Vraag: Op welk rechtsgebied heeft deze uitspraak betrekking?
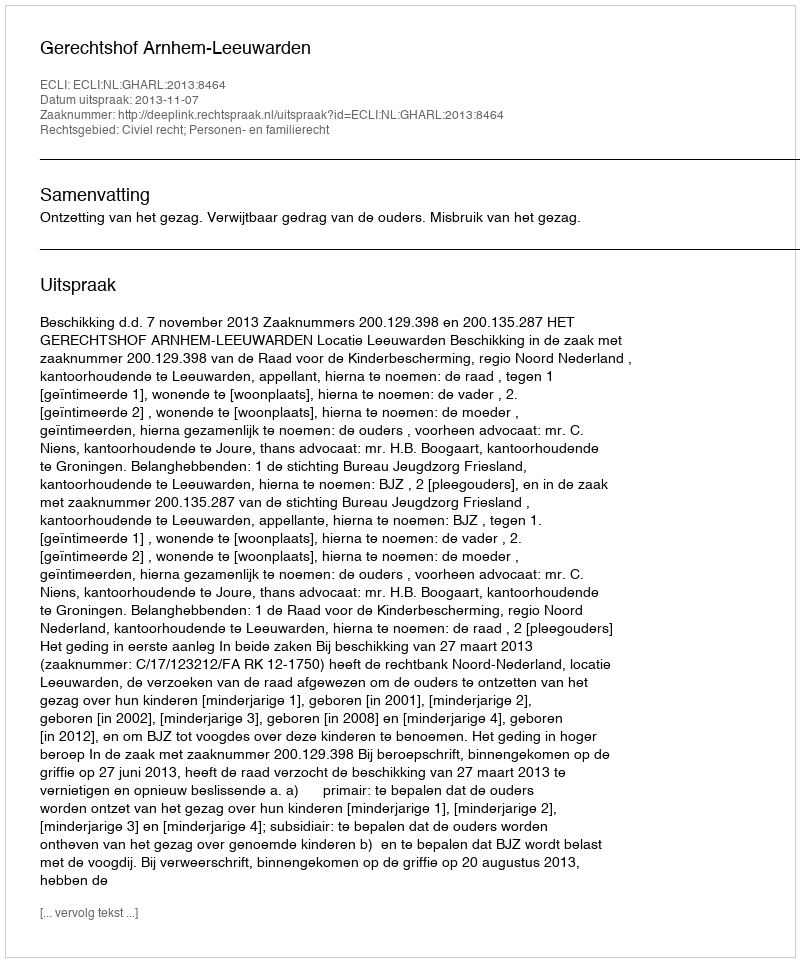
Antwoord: Civiel recht; Personen- en familierecht